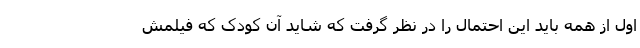
اول از همه باید این احتمال را در نظر گرفت که شاید آن کودک که فیلمش